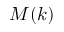
M ( k )